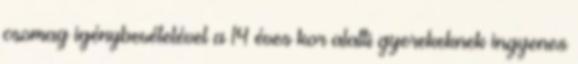
csomag igénybevételével a 14 éves kor alatti gyerekeknek ingyenes